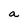
Character: a